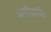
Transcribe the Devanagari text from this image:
पत्‍नीसमवेत